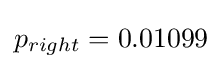
p_{right}=0.01099